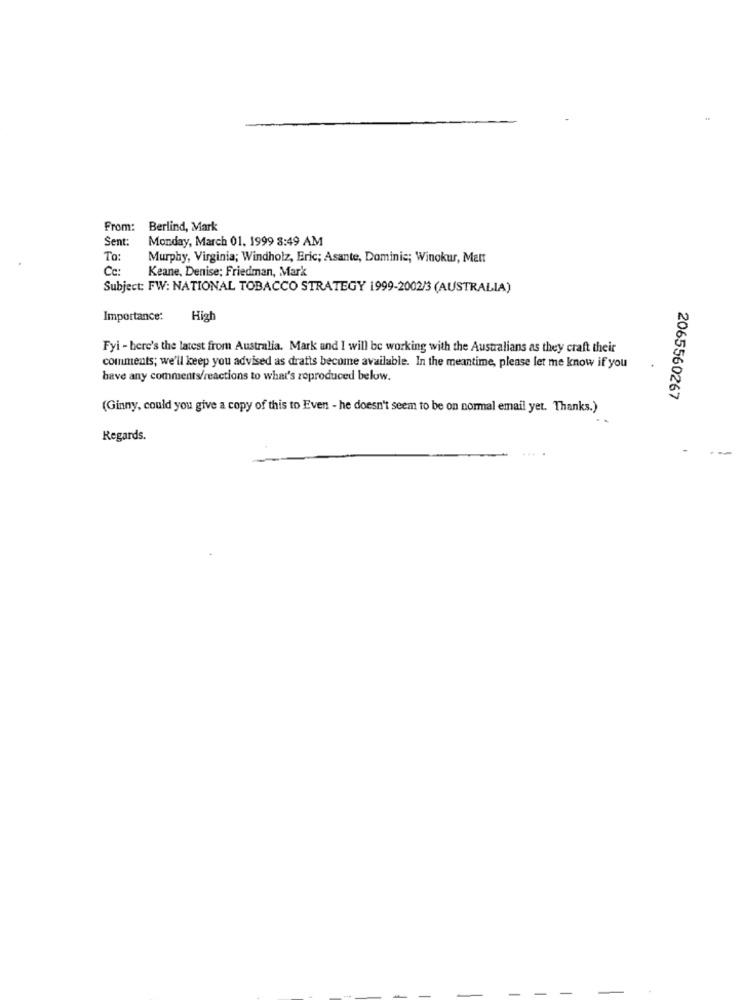
From: Berlind, Mark
Sent:
Monday, March 01, 1999 8:49 AM
To:
Murphy, Virginia; Windholz, Eric; Asante, Dominic; Winokur, Ment
Cc:
Keane, Denise: Friedman, Mark
Subject: FW: NATIONAL TOBACCO STRATEGY 1999-2002/3 (AUSTRALIA)
Importance:
High
Fyi - here's the latest from Australia. Mark and I will be working with the Australians as they craft their
comments; we'll keep you advised as drafts become available. In the meantime, please let me know if you
have any comments/reactions to what's reproduced below.
2065560267
(Ginny, could you give a copy of this to Even - he doesn't seem to be on normal email yet. Thanks.)
Regards.